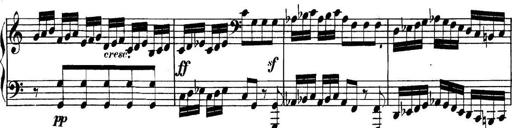
Title: Collected Piano Sonatas
Composer: Muzio Clementi